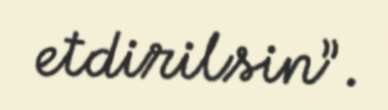
etdirilsin”.